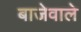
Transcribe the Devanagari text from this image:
बाजेवाले